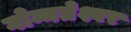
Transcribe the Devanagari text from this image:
गोम्मतेश्वर